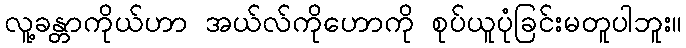
လူ့ခန္တာကိုယ်ဟာ အယ်လ်ကိုဟောကို စုပ်ယူပုံခြင်းမတူပါဘူး။